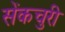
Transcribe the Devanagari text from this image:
सेंकचुरी